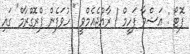
ފޮޓޯ : އަޝްވާ ފަހީމް / ރާއްޖެއެމްވީ " ހުވަފެން ޕްރޮގްރާމް" ގައި